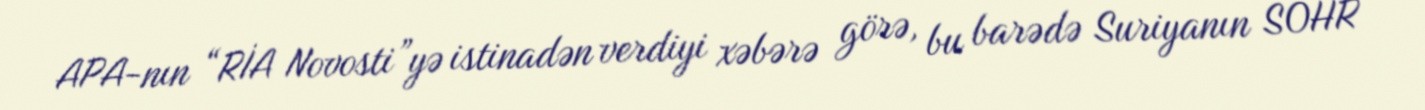
APA-nın “RİA Novosti”yə istinadən verdiyi xəbərə görə, bu barədə Suriyanın SOHR